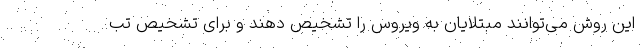
این روش می‌توانند مبتلایان به ویروس را تشخیص دهند و برای تشخیص تب